Report on the working of the Ranchi Indian Mental Hospital, Kanke, in Bihar and Orissa - 1930-1940
Year: 1930
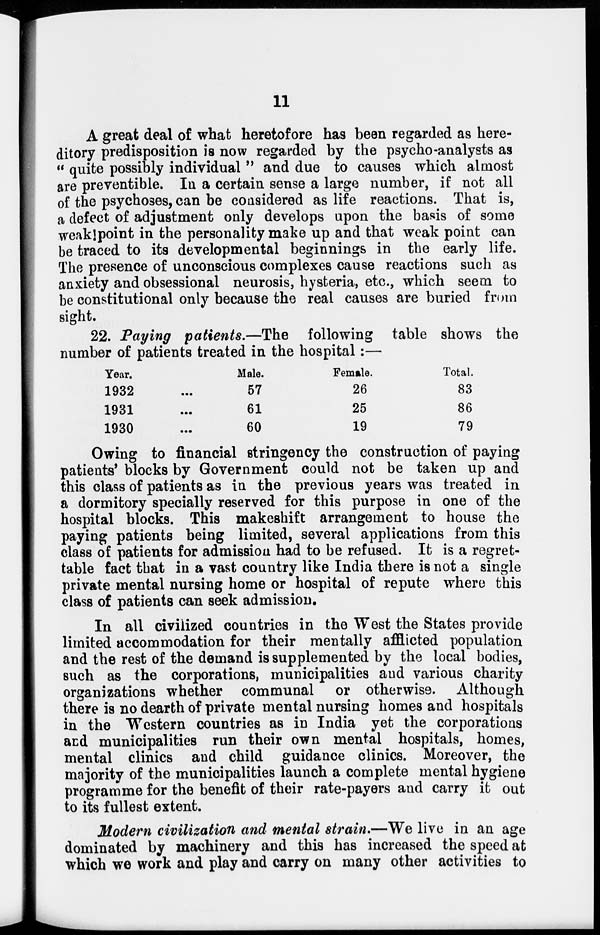
11
A great deal of what heretofore has been regarded as here-
ditary predisposition is now regarded by the psycho-analysts as
" quite possibly individual " and due to causes which almost
are preventible. In a certain sense a large number, if not all
of the psychoses, can be considered as life reactions. That is,
a defect of adjustment only develops upon the basis of some
weak point in the personality make up and that weak point can
be traced to its developmental beginnings in the early life.
The presence of unconscious complexes cause reactions such as
anxiety and obsessional neurosis, hysteria, etc., which seem to
be constitutional only because the real causes are buried from
sight.
22. Paying patients.—The
following table shows the
number of patients treated in the hospital:—
Year.
1932 ...
1931 ...
1930 ...
Male.
57
61
60
Female.
26
25
19
Total.
83
86
79
Owing to financial stringency the construction of paying
patients' blocks by Government could not be taken up and
this class of patients as in the previous years was treated in
a dormitory specially reserved for this purpose in one of the
hospital blocks. This makeshift arrangement to house the
paying patients being limited, several applications from this
class of patients for admission had to be refused. It is a regret-
table fact that in a vast country like India there is not a single
private mental nursing home or hospital of repute where this
class of patients can seek admission.
In all civilized countries in the West the States provide
limited accommodation for their mentally afflicted population
and the rest of the demand is supplemented by the local bodies,
such as the corporations, municipalities and various charity
organizations whether communal or otherwise. Although
there is no dearth of private mental nursing homes and hospitals
in the Western countries as in India yet the corporations
and municipalities run their own mental hospitals, homes,
mental clinics and child guidance clinics. Moreover, the
majority of the municipalities launch a complete mental hygiene
programme for the benefit of their rate-payers and carry it out
to its fullest extent.
Modern civilization and mental strain.—We live in an age
dominated by machinery and this has increased the speed at
which we work and play and carry on many other activities to